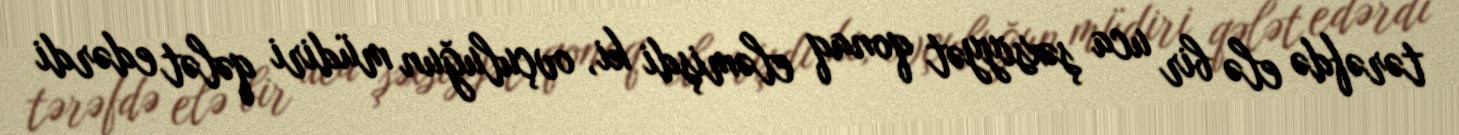
tərəfdə elə bir uca şəxsiyyət qonaq eləmişdi ki, ovçuluğun müdiri qələt edərdi